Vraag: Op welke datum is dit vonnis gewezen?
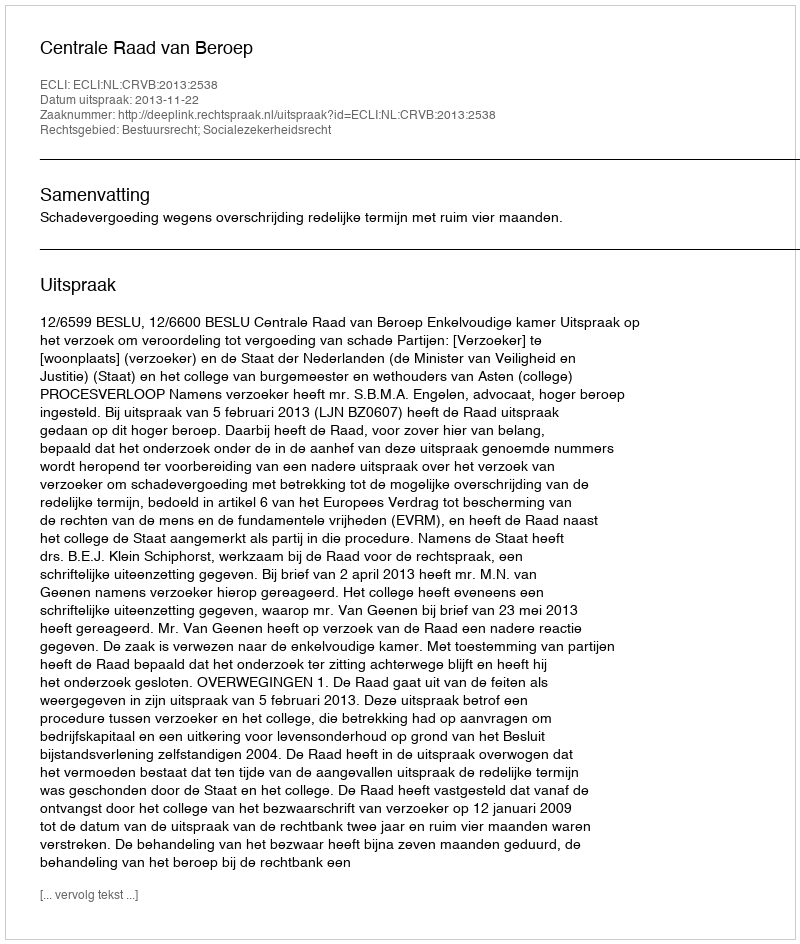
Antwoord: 2013-11-22